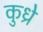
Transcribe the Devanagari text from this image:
कुध्रे